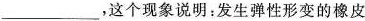
___，这个现象说明：发生弹性形变的橡皮